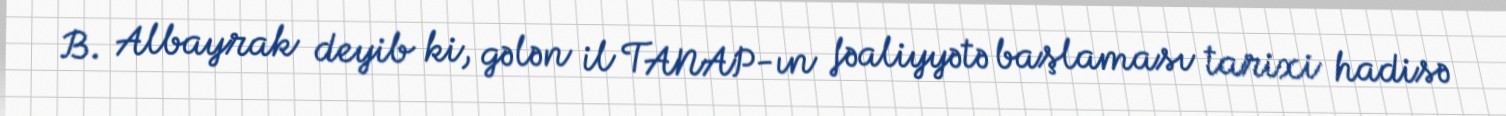
B. Albayrak deyib ki, gələn il TANAP-ın fəaliyyətə başlaması tarixi hadisə